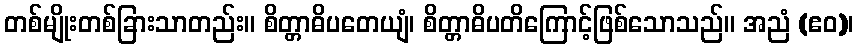
တစ်မျိုးတစ်ခြားသာတည်း။ စိတ္တာဓိပတေယျံ၊ စိတ္တာဓိပတိကြောင့်ဖြစ်သောသည်။ အညံ (ဧဝ)၊